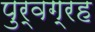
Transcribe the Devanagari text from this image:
पुर्वग्रह